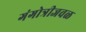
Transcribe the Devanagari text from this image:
गंगोत्रीजवळ